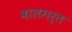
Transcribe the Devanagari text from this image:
बालगर्त